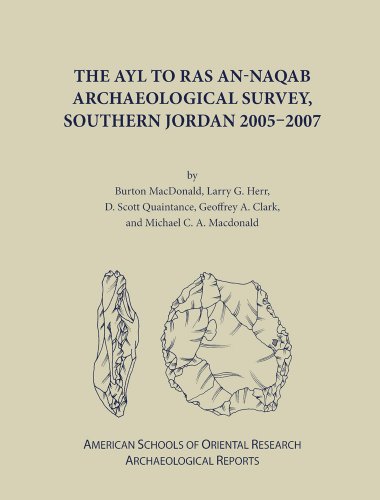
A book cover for The Ayl to Ras an-Naqab Archaeological Survey, Southern Jordan 2005-2007 (ASOR Arch Reports); G. A. Clark; History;